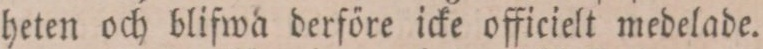
heten och blifwa derföre icke officielt medelade.